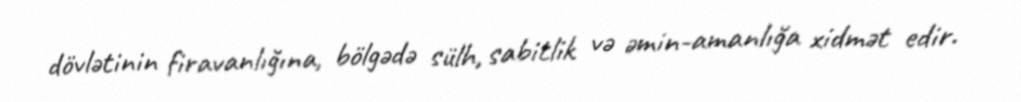
dövlətinin firavanlığına, bölgədə sülh, sabitlik və əmin-amanlığa xidmət edir.